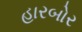
હારબોર